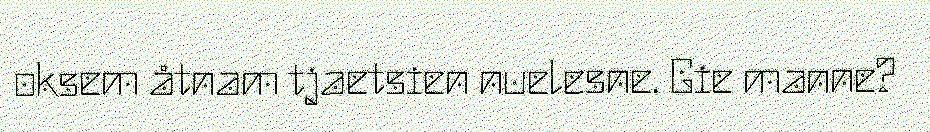
oksem åtnam tjaetsien nuelesne. Gie manne?